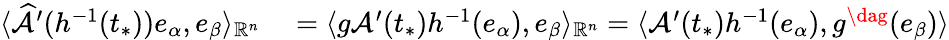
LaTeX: \begin{array}{rl}{\langle\widehat{\mathcal{A}}^{\prime}(h^{-1}(t_{*}))e_{\alpha},e_{\beta}\rangle_{\mathbb{R}^{n}}}&{{}=\langle g\mathcal{A}^{\prime}(t_{*})h^{-1}(e_{\alpha}),e_{\beta}\rangle_{\mathbb{R}^{n}}=\langle\mathcal{A}^{\prime}(t_{*})h^{-1}(e_{\alpha}),g^{\dag}(e_{\beta})\rangle}\end{array}